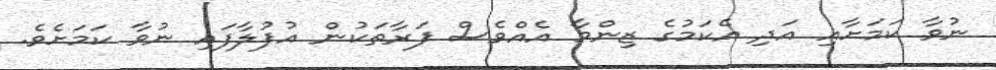
ނުވާ ކަމަށާއި އަދި އެކަމުގެ ޒިންމާ އެއްވެސް ފަރާތަކުން އުފުލާފައި ނުވާ ކަމަށެވެ.